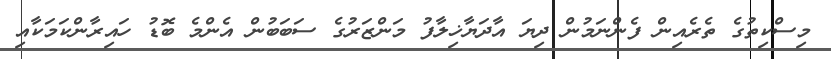
މިސްކިތުގެ ތެރެއިން ފެންނަމުން ދިޔަ އާދަޔާޚިލާފު މަންޒަރުގެ ސަބަބުން އެންމެ ބޮޑު ހައިރާންކަމަކާއި